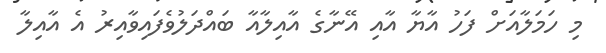
މި ހަމަލާއަށް ފަހު އާޔާ އާއި އޭނާގެ އާއިލާއާ ބައްދަލުވެފައިވާއިރު އެ އާއިލާ